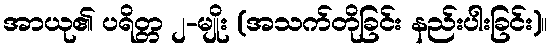
အာယု၏ ပရိတ္တ ၂-မျိုး (အသက်တိုခြင်း နည်းပါးခြင်း)။